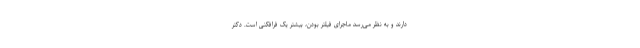
دارند و به نظر می‌رسد ماجرای فیلتر بودن، بیشتر یک فرافکنی است. دکتر